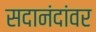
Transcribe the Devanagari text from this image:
सदानंदांवर